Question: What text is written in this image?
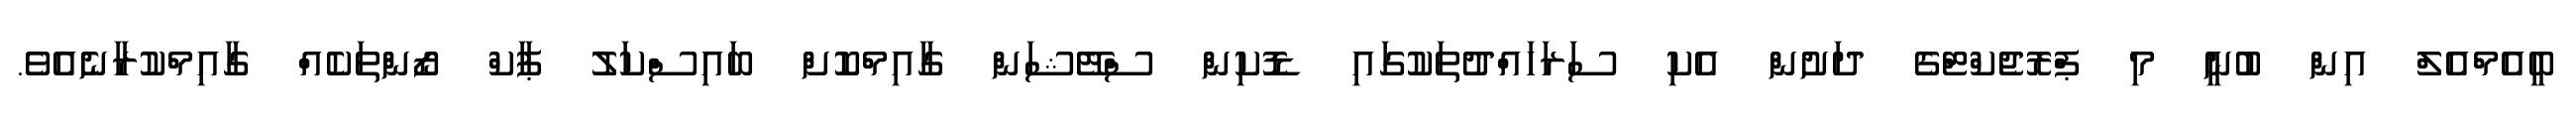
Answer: ބީއެމްއެލް އިން ބުނީ މި ޕްރޮޖެކްޓްގެ ދަށުން އެކި ސަރަހައްދުތަކުގައި ޑޮކިން ސްޓޭޝަން ގާއިމްކޮށް ބައިސްކަލު ޕާކް ޒޯންތަކެއް ގާއިމްކުރާނެއެވެ.